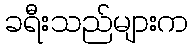
ခရီးသည်များက